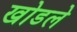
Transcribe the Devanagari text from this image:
खोडले